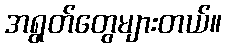
အရွတ်တွေများတယ်။